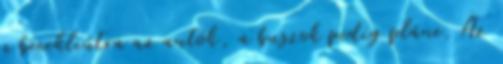
a bicikliútra az autók, a buszok pedig pláne. Az